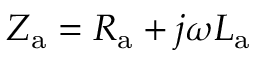
Z _ { \mathrm { a } } = R _ { \mathrm { a } } + j \omega L _ { \mathrm { a } }